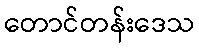
တောင်တန်းဒေသ